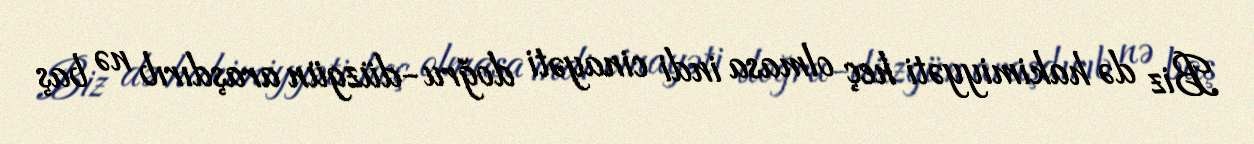
Biz də hakimiyyəti heç olmasa indi cinayəti doğru-düzgün araşdırıb nə baş